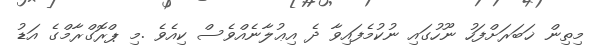
މިތިން ޚަބަރަށްފަހު ނޫހުގައި ނުކުމެފައިވާ ދެ އިޢުލާނެއްވެސް ކިއެވެ .މި ޕްރޮގްރާމްގެ އަޑު